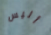
أليس